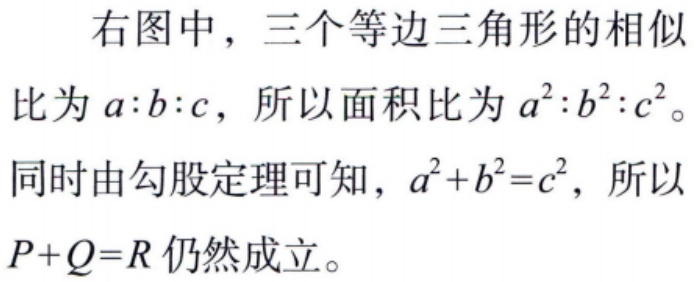
右图中，三个等边三角形的相似比为\(a:b:c\)，所以面积比为\(a^{2}:b^{2}:c^{2}\)。同时由勾股定理可知，\(a^{2}+b^{2}=c^{2}\)，所以\(P + Q = R\)仍然成立。